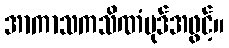
အာကာသကသိဏံပုဒ်အဖွင့်။